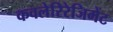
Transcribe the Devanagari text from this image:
कवलेरिरेजिमेंट